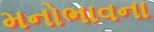
મનોભાવના